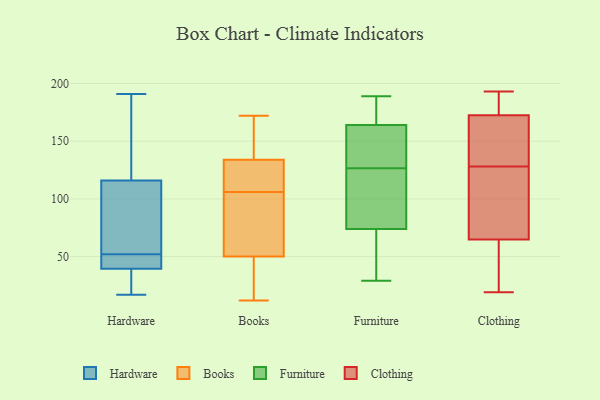
{"axis": {"x": "Backlog", "y": "Value"}, "legend": ["Books", "Clothing", "Furniture", "Hardware"], "data": [{"x": "", "y": 184, "type": "Hardware"}, {"x": "", "y": 39, "type": "Hardware"}, {"x": "", "y": 28, "type": "Hardware"}, {"x": "", "y": 191, "type": "Hardware"}, {"x": "", "y": 69, "type": "Hardware"}, {"x": "", "y": 163, "type": "Hardware"}, {"x": "", "y": 40, "type": "Hardware"}, {"x": "", "y": 56, "type": "Hardware"}, {"x": "", "y": 17, "type": "Hardware"}, {"x": "", "y": 61, "type": "Hardware"}, {"x": "", "y": 48, "type": "Hardware"}, {"x": "", "y": 44, "type": "Hardware"}, {"x": "", "y": 15, "type": "Books"}, {"x": "", "y": 98, "type": "Books"}, {"x": "", "y": 127, "type": "Books"}, {"x": "", "y": 155, "type": "Books"}, {"x": "", "y": 68, "type": "Books"}, {"x": "", "y": 141, "type": "Books"}, {"x": "", "y": 50, "type": "Books"}, {"x": "", "y": 43, "type": "Books"}, {"x": "", "y": 157, "type": "Books"}, {"x": "", "y": 134, "type": "Books"}, {"x": "", "y": 61, "type": "Books"}, {"x": "", "y": 53, "type": "Books"}, {"x": "", "y": 114, "type": "Books"}, {"x": "", "y": 12, "type": "Books"}, {"x": "", "y": 127, "type": "Books"}, {"x": "", "y": 172, "type": "Books"}, {"x": "", "y": 131, "type": "Books"}, {"x": "", "y": 43, "type": "Books"}, {"x": "", "y": 160, "type": "Furniture"}, {"x": "", "y": 166, "type": "Furniture"}, {"x": "", "y": 169, "type": "Furniture"}, {"x": "", "y": 56, "type": "Furniture"}, {"x": "", "y": 102, "type": "Furniture"}, {"x": "", "y": 117, "type": "Furniture"}, {"x": "", "y": 29, "type": "Furniture"}, {"x": "", "y": 162, "type": "Furniture"}, {"x": "", "y": 133, "type": "Furniture"}, {"x": "", "y": 75, "type": "Furniture"}, {"x": "", "y": 68, "type": "Furniture"}, {"x": "", "y": 189, "type": "Furniture"}, {"x": "", "y": 36, "type": "Furniture"}, {"x": "", "y": 181, "type": "Furniture"}, {"x": "", "y": 153, "type": "Furniture"}, {"x": "", "y": 120, "type": "Furniture"}, {"x": "", "y": 171, "type": "Furniture"}, {"x": "", "y": 73, "type": "Furniture"}, {"x": "", "y": 144, "type": "Furniture"}, {"x": "", "y": 95, "type": "Furniture"}, {"x": "", "y": 173, "type": "Clothing"}, {"x": "", "y": 190, "type": "Clothing"}, {"x": "", "y": 62, "type": "Clothing"}, {"x": "", "y": 190, "type": "Clothing"}, {"x": "", "y": 122, "type": "Clothing"}, {"x": "", "y": 168, "type": "Clothing"}, {"x": "", "y": 193, "type": "Clothing"}, {"x": "", "y": 73, "type": "Clothing"}, {"x": "", "y": 44, "type": "Clothing"}, {"x": "", "y": 133, "type": "Clothing"}, {"x": "", "y": 128, "type": "Clothing"}, {"x": "", "y": 35, "type": "Clothing"}, {"x": "", "y": 79, "type": "Clothing"}, {"x": "", "y": 19, "type": "Clothing"}, {"x": "", "y": 171, "type": "Clothing"}]}